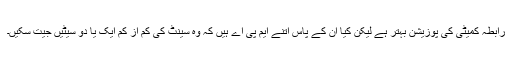
رابطہ کمیٹی کی پوزیشن بہتر ہے لیکن کیا ان کے پاس اتنے ایم پی اے ہیں کہ وہ سینٹ کی کم از کم ایک یا دو سیٹیں جیت سکیں۔